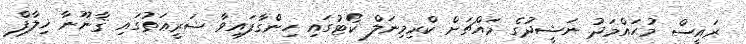
ރައީސް މުޙައްމަދު ނަޝީދުގެ މައްޗަށް ކްރިމިނަލް ކޯޓުގައި ހިންގާފައިވާ ޝަރީޢަތުގައި ޤާނޫނާ ޚިލާފް